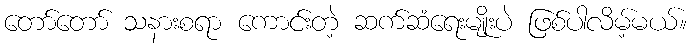
တော်တော် သနားစရာ ကောင်းတဲ့ ဆက်ဆံရေးမျိုးပဲ ဖြစ်ပါလိမ့်မယ်။